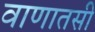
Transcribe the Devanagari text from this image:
वाणातसी